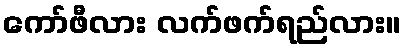
ကော်ဖီလား လက်ဖက်ရည်လား။